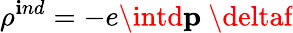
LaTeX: \rho^{\mathbf{i}nd}=-e\intd{\mathbf{p}}\ \deltaf